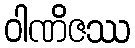
ဝါဏိဇဿ